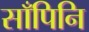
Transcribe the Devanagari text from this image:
साँपिनि